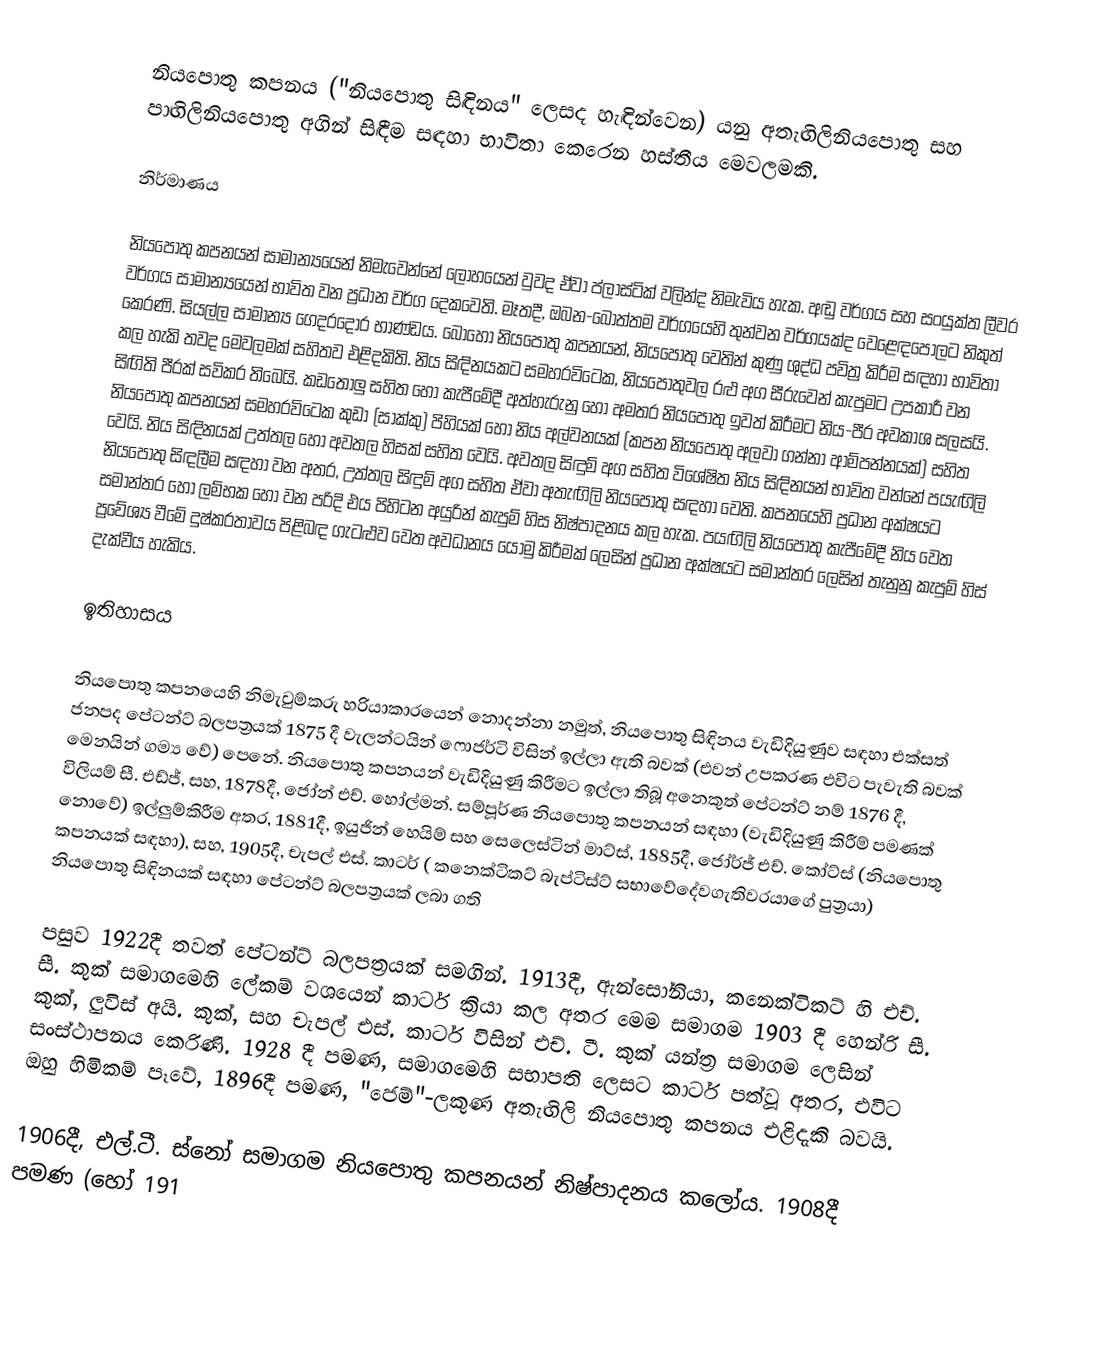
නියපොතු කපනය ("නියපොතු සිඳිනය" ලෙසද හැඳින්වෙන) යනු  අතැඟිලිනියපොතු සහ පාඟිලිනියපොතු අගින් සිඳීම සඳහා භාවිතා කෙරෙන හස්තීය මෙවලමකි.

නිර්මාණය

නියපොතු කපනයන් සාමාන්‍යයෙන් නිමැවෙන්නේ  ලෝහයෙන් වුවද ඒවා ප්ලාස්ටික් වලින්ද නිමැවිය හැක.  අඬු වර්ගය සහ  සංයුක්ත ලීවර වර්ගය සාමාන්‍යයෙන් භාවිත වන ප්‍රධාන වර්ග දෙකවෙති. මෑතදී, ඔබන-බොත්තම වර්ගයෙහි තුන්වන වර්ගයක්ද වෙළෙඳපොලට නිකුත් කෙරණි. සියල්ල සාමාන්‍ය ගෙදරදොර භාණ්ඩය. බොහෝ නියපොතු කපනයන්, නියපොතු වෙතින් කුණු ශුද්ධ පවිත්‍ර කිරීම සඳහා භාවිතා කල හැකි තවද මෙවලමක් සහිතව එළිදකිති. නිය සිඳිනයකට සමහරවිටෙක, නියපොතුවල රළු අග සීරුවෙන් කැපුමට උපකාරී වන සිඟිති පීරක් සවිකර තිබෙයි. කඩතොලු සහිත හෝ කැපීමේදී අත්හැරුනු හෝ අමතර නියපොතු ඉවත් කිරීමට නිය-පීර අවකාශ සලසයි. නියපොතු කපනයන් සමහරවිටෙක  කුඩා (සාක්කු) පිහියක් හෝ නිය අල්වනයක් (කපන නියපොතු අලවා ගන්නා ආම්පන්නයක්) සහිත වෙයි. නිය සිඳිනයක් උත්තල හෝ අවතල හිසක් සහිත වෙයි. අවතල සිඳුම් අග සහිත විශේෂිත නිය සිඳිනයන් භාවිත වන්නේ පයැඟිලි නියපොතු සිඳලීම සඳහා වන අතර, උත්තල සිඳුම් අග සහිත ඒවා අතැඟිලි නියපොතු සඳහා වෙති. කපනයෙහි  ප්‍රධාන අක්ෂයට  සමාන්තර හෝ ලම්භක හෝ වන පරිදි එය පිහිටන අයුරින් කැපුම් හිස නිෂ්පාදනය කල හැක. පයඟිලි නියපොතු කැපීමේදී නිය වෙත ප්‍රවේශ්‍ය වීමේ දුෂ්කරතාවය පිළිබඳ ගැටළුව වෙත අවධානය යොමු කිරීමක් ලෙසින් ප්‍රධාන අක්ෂයට සමාන්තර ලෙසින් තැනුනු කැපුම් හිස් දැක්වීය හැකිය.

ඉතිහාසය

නියපොතු කපනයෙහි නිමැවුම්කරු හරියාකාරයෙන් නොදන්නා නමුත්, නියපොතු සිඳිනය වැඩිදියුණුව සඳහා එක්සත් ජනපද පේටන්ට් බලපත්‍රයක්  1875 දී වැලන්ටයින් ෆොජර්ටි විසින් ඉල්ලා ඇති බවක් (එවන් උපකරණ එවිට පැවැති බවක් මෙනයින් ගම්‍ය වේ) පෙනේ. නියපොතු කපනයන් වැඩිදියුණු කිරීමට ඉල්ලා තිබූ අනෙකුත් පේටන්ට් නම් 1876 දී, විලියම් සී. එඩ්ජ්, සහ, 1878දී, ජෝන් එච්. හෝල්මන්. සම්පූර්ණ නියපොතු කපනයන් සඳහා (වැඩිදියුණු කිරීම් පමණක් නොවේ) ඉල්ලුම්කිරීම අතර, 1881දී, ඉයුජින් හෙයිම් සහ සෙලෙස්ටින් මාට්ස්, 1885දී, ජෝර්ජ් එච්. කෝට්ස් (නියපොතු කපනයක් සඳහා), සහ, 1905දී, චැපල් එස්. කාටර් ( කනෙක්ටිකට් බැප්ටිස්ට් සභාවේදේවගැතිවරයාගේ පුත්‍රයා) නියපොතු සිඳිනයක් සඳහා පේටන්ට් බලපත්‍රයක් ලබා ගති

 පසුව 1922දී තවත් පේටන්ට් බලපත්‍රයක් සමගින්. 1913දී, ඇන්සෝනියා, කනෙක්ටිකට් හි එච්. සී. කුක් සමාගමෙහි ලේකම් වශයෙන්  කාටර් ක්‍රියා කල අතර  මෙම සමාගම  1903 දී  හෙන්රි සී. කුක්, ලුවිස් අයි. කුක්, සහ චැපල් එස්. කාටර් විසින් එච්. ටී. කුක් යන්ත්‍ර සමාගම ලෙසින් සංස්ථාපනය කෙරිණි. 1928 දී පමණ, සමාගමෙහි සභාපති ලෙසට කාටර් පත්වූ අතර, එවිට ඔහු හිමිකම් පෑවේ, 1896දී පමණ, "ජෙම්"-ලකුණ අතැඟිලි නියපොතු කපනය එළිදැකි බවයි.

1906දී, එල්.ටී. ස්නෝ සමාගම නියපොතු කපනයන් නිෂ්පාදනය කලෝය. 1908දී පමණ (හෝ 191